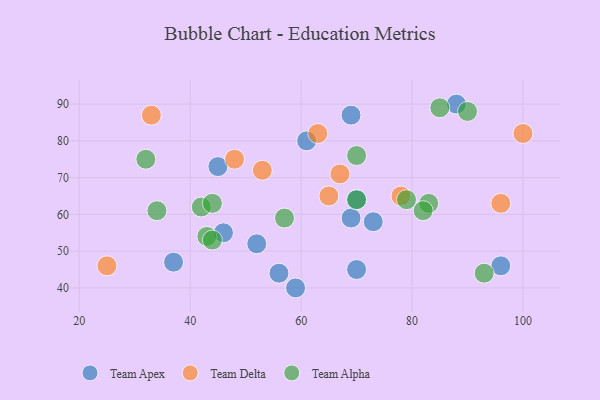
{"axis": {"x": "GDP", "y": "Life Expectancy"}, "legend": ["Team Alpha", "Team Apex", "Team Delta"], "data": [{"x": "69", "y": 87, "type": "Team Apex"}, {"x": "96", "y": 46, "type": "Team Apex"}, {"x": "52", "y": 52, "type": "Team Apex"}, {"x": "69", "y": 59, "type": "Team Apex"}, {"x": "73", "y": 58, "type": "Team Apex"}, {"x": "37", "y": 47, "type": "Team Apex"}, {"x": "70", "y": 45, "type": "Team Apex"}, {"x": "88", "y": 90, "type": "Team Apex"}, {"x": "61", "y": 80, "type": "Team Apex"}, {"x": "56", "y": 44, "type": "Team Apex"}, {"x": "45", "y": 73, "type": "Team Apex"}, {"x": "70", "y": 64, "type": "Team Apex"}, {"x": "46", "y": 55, "type": "Team Apex"}, {"x": "59", "y": 40, "type": "Team Apex"}, {"x": "65", "y": 65, "type": "Team Delta"}, {"x": "25", "y": 46, "type": "Team Delta"}, {"x": "78", "y": 65, "type": "Team Delta"}, {"x": "96", "y": 63, "type": "Team Delta"}, {"x": "67", "y": 71, "type": "Team Delta"}, {"x": "48", "y": 75, "type": "Team Delta"}, {"x": "53", "y": 72, "type": "Team Delta"}, {"x": "100", "y": 82, "type": "Team Delta"}, {"x": "33", "y": 87, "type": "Team Delta"}, {"x": "63", "y": 82, "type": "Team Delta"}, {"x": "83", "y": 63, "type": "Team Alpha"}, {"x": "93", "y": 44, "type": "Team Alpha"}, {"x": "70", "y": 76, "type": "Team Alpha"}, {"x": "57", "y": 59, "type": "Team Alpha"}, {"x": "85", "y": 89, "type": "Team Alpha"}, {"x": "82", "y": 61, "type": "Team Alpha"}, {"x": "42", "y": 62, "type": "Team Alpha"}, {"x": "43", "y": 54, "type": "Team Alpha"}, {"x": "44", "y": 53, "type": "Team Alpha"}, {"x": "44", "y": 63, "type": "Team Alpha"}, {"x": "34", "y": 61, "type": "Team Alpha"}, {"x": "70", "y": 64, "type": "Team Alpha"}, {"x": "79", "y": 64, "type": "Team Alpha"}, {"x": "32", "y": 75, "type": "Team Alpha"}, {"x": "90", "y": 88, "type": "Team Alpha"}]}